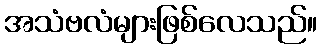
အသံဗလံများဖြစ်လေသည်။